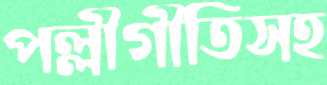
পল্লীগীতিসহ